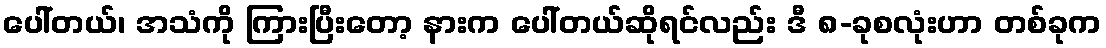
ပေါ်တယ်၊ အသံကို ကြားပြီးတော့ နားက ပေါ်တယ်ဆိုရင်လည်း ဒီ ၈-ခုစလုံးဟာ တစ်ခုက